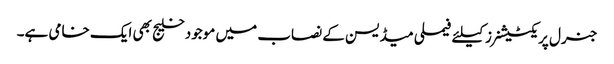
جنرل پریکٹیشنرز کیلئے فیملی میڈیسن کے نصاب میں موجود خلیج بھی ایک خامی ہے۔